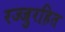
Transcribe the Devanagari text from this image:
रज्जुरहित